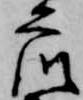
衆